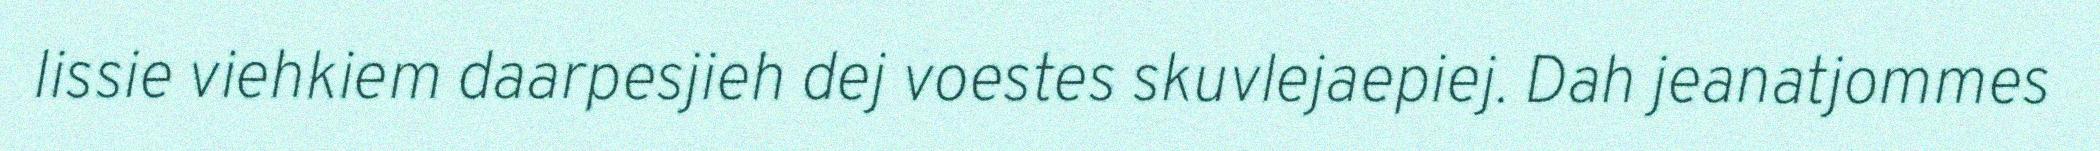
lissie viehkiem daarpesjieh dej voestes skuvlejaepiej. Dah jeanatjommes